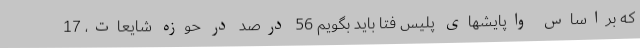
که براساس واپایشهای پلیس فتا باید بگویم 56 درصد در حوزه شایعات، 17